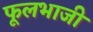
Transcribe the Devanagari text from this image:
फूलभाजी